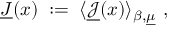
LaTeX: \underline { { { J } } } ( x ) \; : = \; \langle \underline { { { { \mathcal J } } } } ( x ) \rangle _ { \beta , \underline { { { \mu } } } } ~ ,